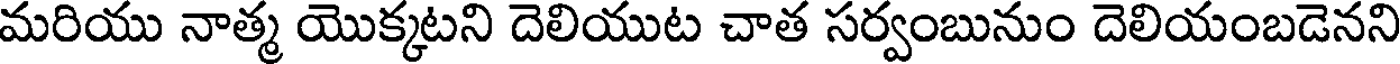
మరియు నాత్మ యొక్కటని దెలియుట చాత సర్వంబునుం దెలియంబడెనని